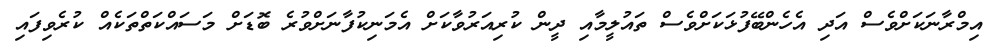
އިމްރާނަކަށްވެސް އަދި އެހެންބޭފުޅަކަށްވެސް ތައުލީމާއި ދީން ކުރިއަރުވާކަށް އެމަނިކުފާނަށްވުރެ ބޮޑަށް މަސައްކަތްތަކެއް ކުރެވިފައި